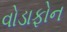
વોડાફોન